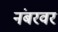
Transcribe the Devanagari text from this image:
नंबरवर